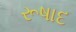
રૂષાદ